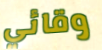
وقائي